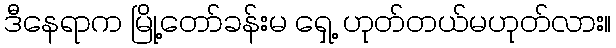
ဒီနေရာက မြို့တော်ခန်းမ ရှေ့ ဟုတ်တယ်မဟုတ်လား။